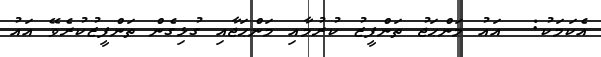
އެކަމަކު:  އައު މަންޙަޖު ތަންފީޒު ކުރުމާއި މަންޙަޖާއި ގުޅިގެން ތަންފީޒުކުރެވޭ އައު